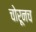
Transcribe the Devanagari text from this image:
चोरूनच